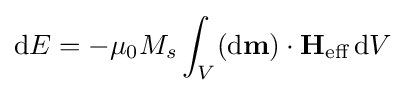
\mathrm {d} E=-\mu _{0}M_{s}\int _{V}(\mathrm {d} \mathbf {m} )\cdot \mathbf {H} _{\text{eff}}\,\mathrm {d} V